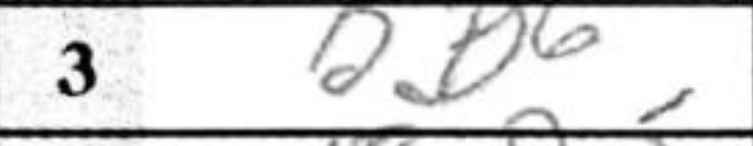
Transcription: Bd6